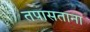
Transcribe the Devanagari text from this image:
तपासताना